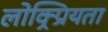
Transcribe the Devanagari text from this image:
लोक्र्प्रियता